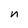
Character: n